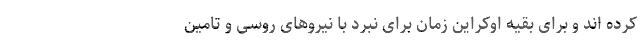
کرده اند و برای بقیه اوکراین زمان برای نبرد با نیروهای روسی و تامین